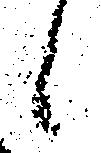
候